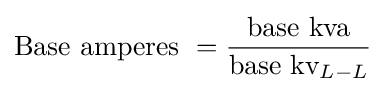
{\text{Base amperes }}={\frac {\text{base kva}}{{\text{base kv}}_{L-L}}}